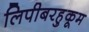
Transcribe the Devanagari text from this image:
लिपीबरहुकूम